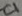
Text: C1